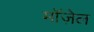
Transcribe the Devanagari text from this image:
मॉज़ेल